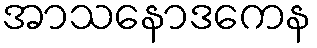
အာသနောဒကေန